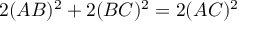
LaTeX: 2 ( A B ) ^ { 2 } + 2 ( B C ) ^ { 2 } = 2 ( A C ) ^ { 2 }